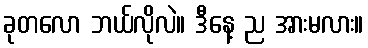
ခုတလော ဘယ်လိုလဲ။ ဒီနေ့ ည အားမလား။